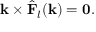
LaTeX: \mathbf { k } \times { \hat { \mathbf { F } } } _ { l } ( \mathbf { k } ) = \mathbf { 0 } .